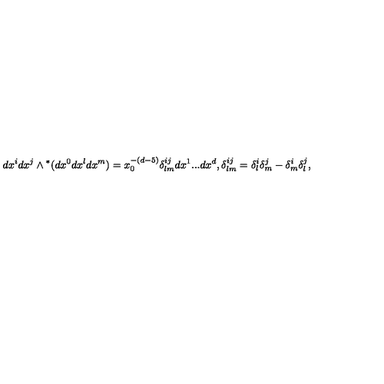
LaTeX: d x ^ { i } d x ^ { j } \wedge { } ^ { * } ( d x ^ { 0 } d x ^ { l } d x ^ { m } ) = x _ { 0 } ^ { - ( d - 5 ) } \delta _ { l m } ^ { i j } d x ^ { 1 } . . . d x ^ { d } , \delta _ { l m } ^ { i j } = \delta _ { l } ^ { i } \delta _ { m } ^ { j } - \delta _ { m } ^ { i } \delta _ { l } ^ { j } ,